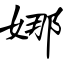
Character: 娜